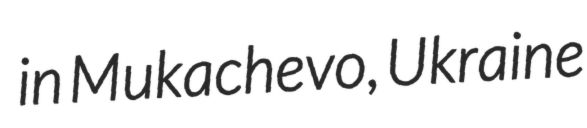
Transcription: in Mukachevo, Ukraine